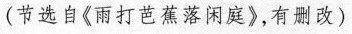
(节选自《雨打芭蕉落闲庭)，有删改)